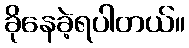
ခိုနေခဲ့ရပါတယ်။